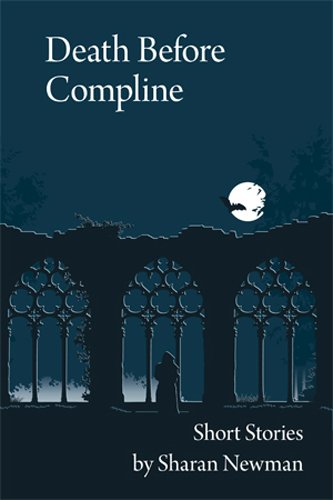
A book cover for Death Before Compline: Short Stories; Sharan Newman; Literature & Fiction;